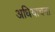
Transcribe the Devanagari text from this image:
अधियाचना